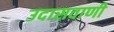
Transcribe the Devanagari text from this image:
उदासवाणी